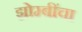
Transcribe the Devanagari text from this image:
झोम्बींचा